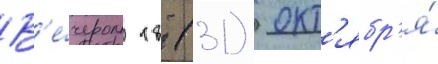
В'е́чером 18 (31) окт'ябр'я́